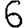
Digit: 6